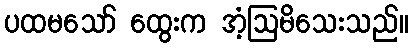
ပထမသော် ထွေးက အံ့ဩမိသေးသည်။